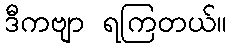
ဒီကဗျာ ရကြတယ်။